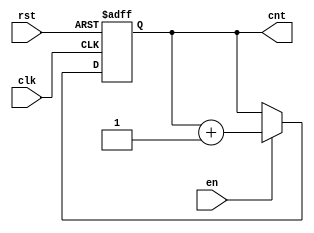
module IncrementalCounter (
    input wire clk,        // Clock input
    input wire en,        // Enable input
    input wire rst,       // Reset input
    output reg [7:0] cnt  // 8-bit counter output
);

// Initial value for the counter
initial begin
    cnt = 8'b0;           // Set initial count to zero
end

// Always block triggered on the rising edge of the clock
always @(posedge clk or posedge rst) begin
    if (rst) begin
        cnt <= 8'b0;      // Reset the counter to zero
    end else if (en) begin
        cnt <= cnt + 1;   // Increment the counter
    end
end

endmodule